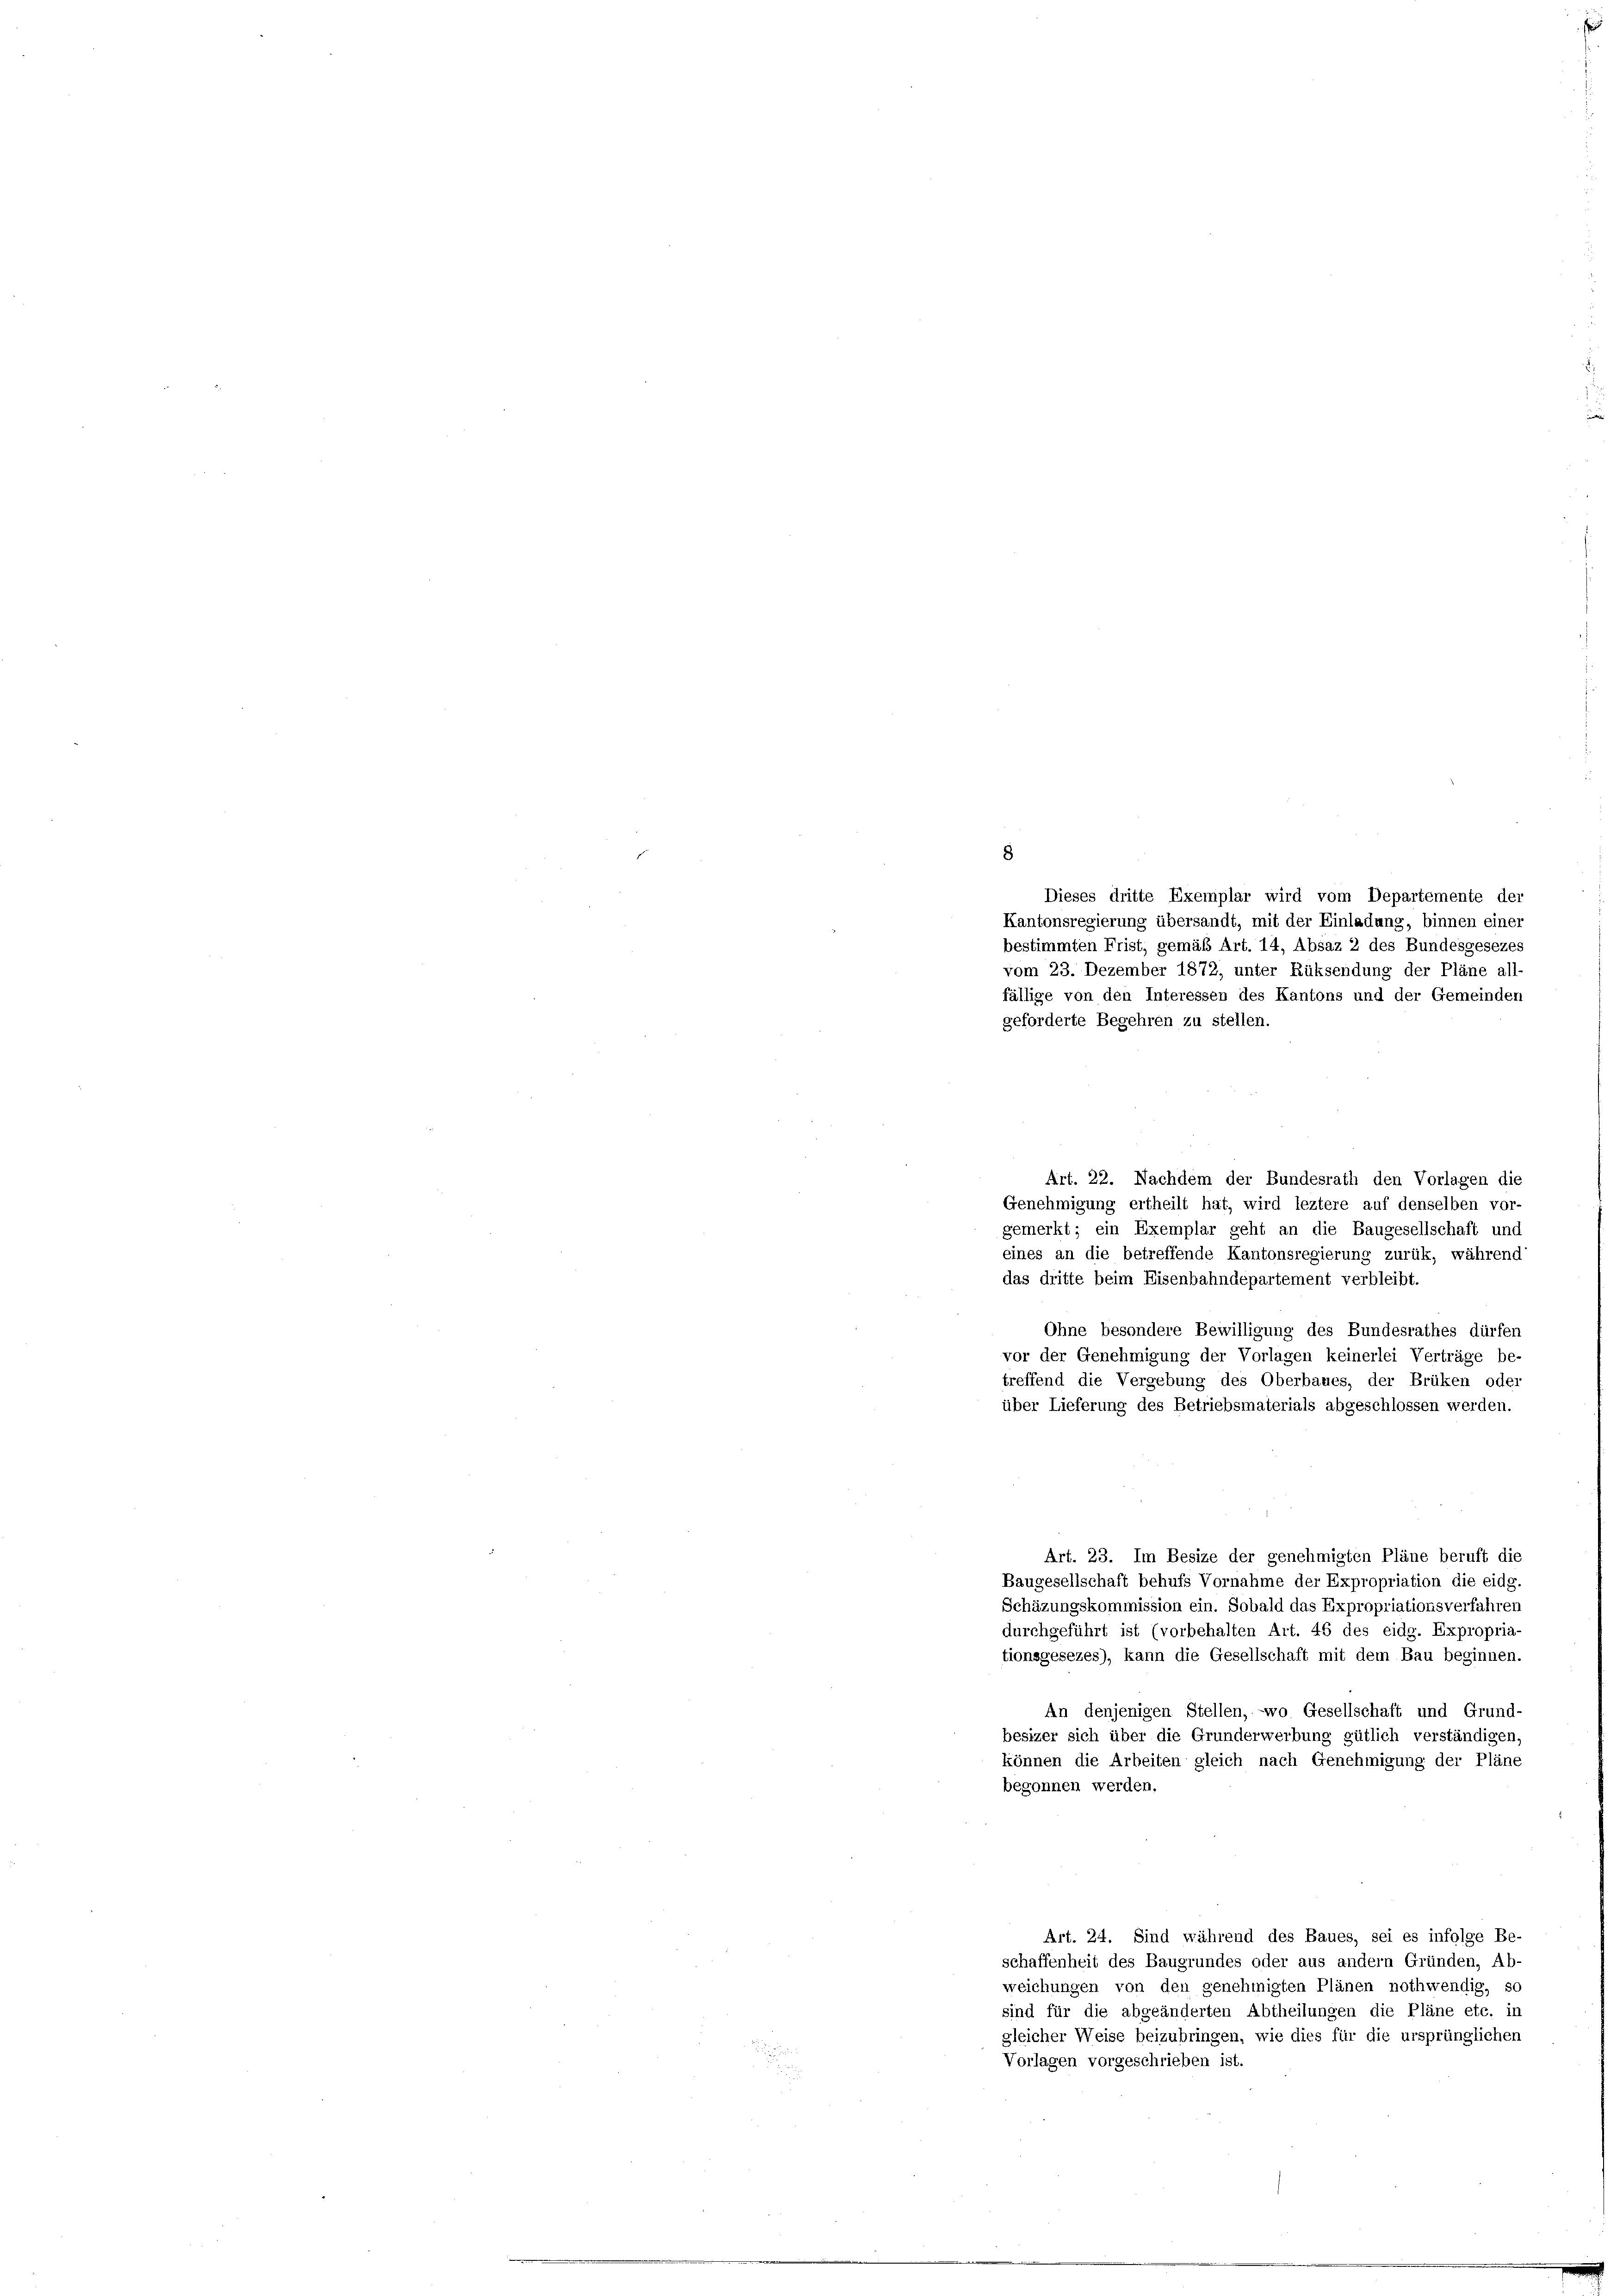
8
Dieses dritte Exemplar wird vom Departemente der
Kantonsregierung übersandt, mit der Einladung, binnen einer
bestimmten Frist, gemäß Art. 14, Absaz 2 des Bundesgesezes
vom 23. Dezember 1872, unter Rüksendung der Pläne all-
fällige von den Interessen des Kantons und der Gemeinden
geforderte Begehren zu stellen.
Art. 22. Nachdem der Bundesrath den Vorlagen die
Genehmigung ertheilt hat, wird leztere auf denselben vor-
gemerkt; ein Exemplar geht an die Baugesellschaft und
eines an die betreffende Kantonsregierung zurük, während
das dritte beim Eisenbahndepartement verbleibt.
Ohne besondere Bewilligung des Bundesrathes dürfen
vor der Genehmigung der Vorlagen keinerlei Verträge be-
treffend die Vergebung des Oberbaues, der Brüken oder
über Lieferung des Betriebsmaterials abgeschlossen werden.
Art. 23. Im Besize der genehmigten Pläne beruft die
Baugesellschaft behufs Vornahme der Expropriation die eidg
Schäzungskommission ein. Sobald das Expropriationsverfahren
durchgeführt ist (vorbehalten Art. 46 des eidg. Expropria-
tionsgesezes), kann die Gesellschaft mit dem Bau beginnen.
An denjenigen Stellen, wo Gesellschaft und Grund-
besizer sich über die Grunderwerbung gütlich verständigen,
können die Arbeiten gleich nach Genehmigung der Pläne
begonnen werden.
Art. 24. Sind während des Baues, sei es infolge Be-
schaffenheit des Baugrundes oder aus andern Gründen, Ab-
weichungen von den genehmigten Plänen nothwendig, so
sind für die abgeänderten Abtheilungen die Pläne etc. in
gleicher Weise beizubringen, wie dies für die ursprünglichen
Vorlagen vorgeschrieben ist.